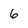
Character: 6